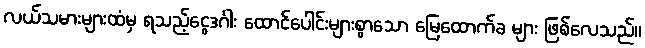
လယ်သမားများထံမှ ရသည့်ငွေဒင်္ဂါး ထောင်ပေါင်းများစွာသော မြေထောက်ခ များ ဖြစ်လေသည်။